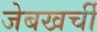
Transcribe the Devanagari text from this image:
जेबखर्ची